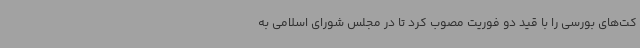
کت‌های بورسی را با قید دو فوریت مصوب کرد تا در مجلس شورای اسلامی به